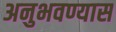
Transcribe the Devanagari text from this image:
अनुभवण्यास